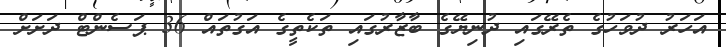
އަހަރު ދުވަހުގެ ތެރޭގައި ދުނިޔޭގެ ބާޒާރުގައި ތަކެތީގެ އަގުތައް 36 ޕަސެންޓް ދަށަށް